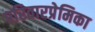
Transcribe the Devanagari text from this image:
परिवारप्रेमिका